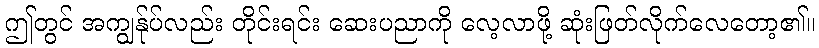
ဤတွင် အကျွန်ုပ်လည်း တိုင်းရင်း ဆေးပညာကို လေ့လာဖို့ ဆုံးဖြတ်လိုက်လေတော့၏။